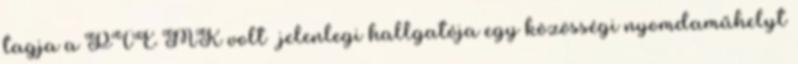
tagja a PTE MK volt jelenlegi hallgatója egy közösségi nyomdaműhelyt